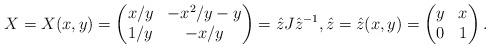
LaTeX: \begin{align*}X = X(x,y)= \begin{pmatrix} x/y & -x^2/y - y \\ 1/y & -x / y\end{pmatrix} = \hat z J \hat z^{-1}, \hat z = \hat z(x,y) = \begin{pmatrix} y & x \\ 0 & 1\end{pmatrix}.\end{align*}